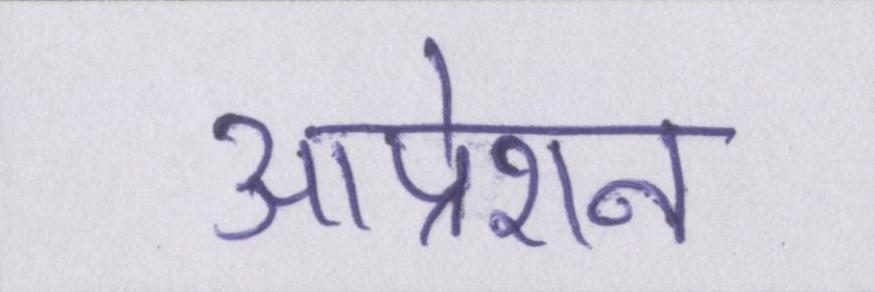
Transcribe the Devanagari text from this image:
आप्रेशन